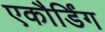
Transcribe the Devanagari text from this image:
एकौर्डिंग